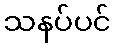
သနပ်ပင်